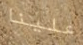
علينا